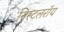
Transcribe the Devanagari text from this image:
निस्टलरॉय